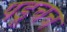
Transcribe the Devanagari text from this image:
पडूचच